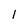
Character: 1